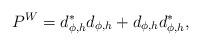
LaTeX: \begin{align*} P^{W} = d_{\phi , h}^{*} d_{\phi , h} + d_{\phi , h} d_{\phi , h}^{*} ,\end{align*}